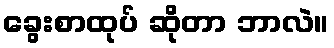
ခွေးစာထုပ် ဆိုတာ ဘာလဲ။